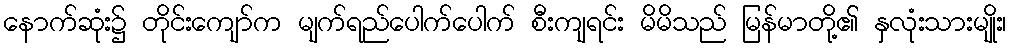
နောက်ဆုံး၌ တိုင်းကျော်က မျက်ရည်ပေါက်ပေါက် စီးကျရင်း မိမိသည် မြန်မာတို့၏ နှလုံးသားမျိုး၊